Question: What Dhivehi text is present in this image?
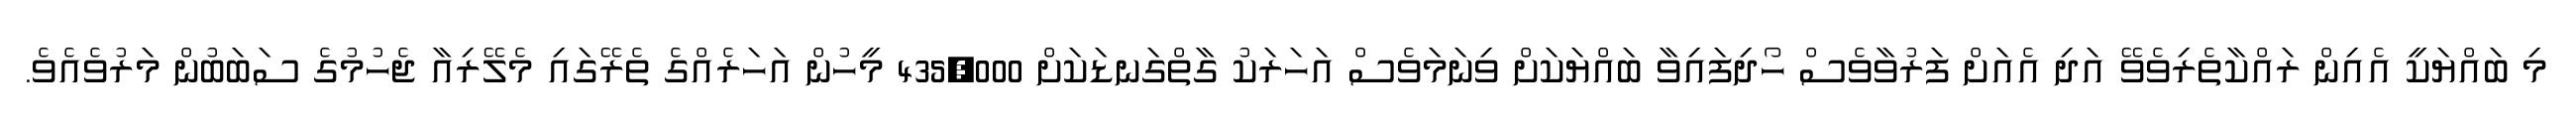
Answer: މި ބައްޔަކީ އެއިން ރައްކާތެރިވެވޭ އަދި އެއަށް ފަރުވާވެސް ހޯދިފައިވާ ބައްޔަކަށް ވިނަމަވެސް އަހަރަކު ގާތްގަނޑަކަށް 435,000 މީހުން އަހަރެއްގެ ތެރޭގައި މެލޭރިއާ ޖެހުމުގެ ސަބަބުން މަރުވެއެވެ.